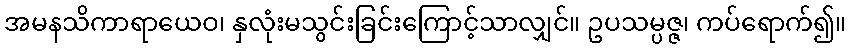
အမနသိကာရာယေဝ၊ နှလုံးမသွင်းခြင်းကြောင့်သာလျှင်။ ဥပသမ္ပဇ္ဇ၊ ကပ်ရောက်၍။